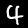
Label: 4